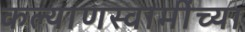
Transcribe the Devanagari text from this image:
कल्याणस्वामींच्या